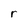
Character: r